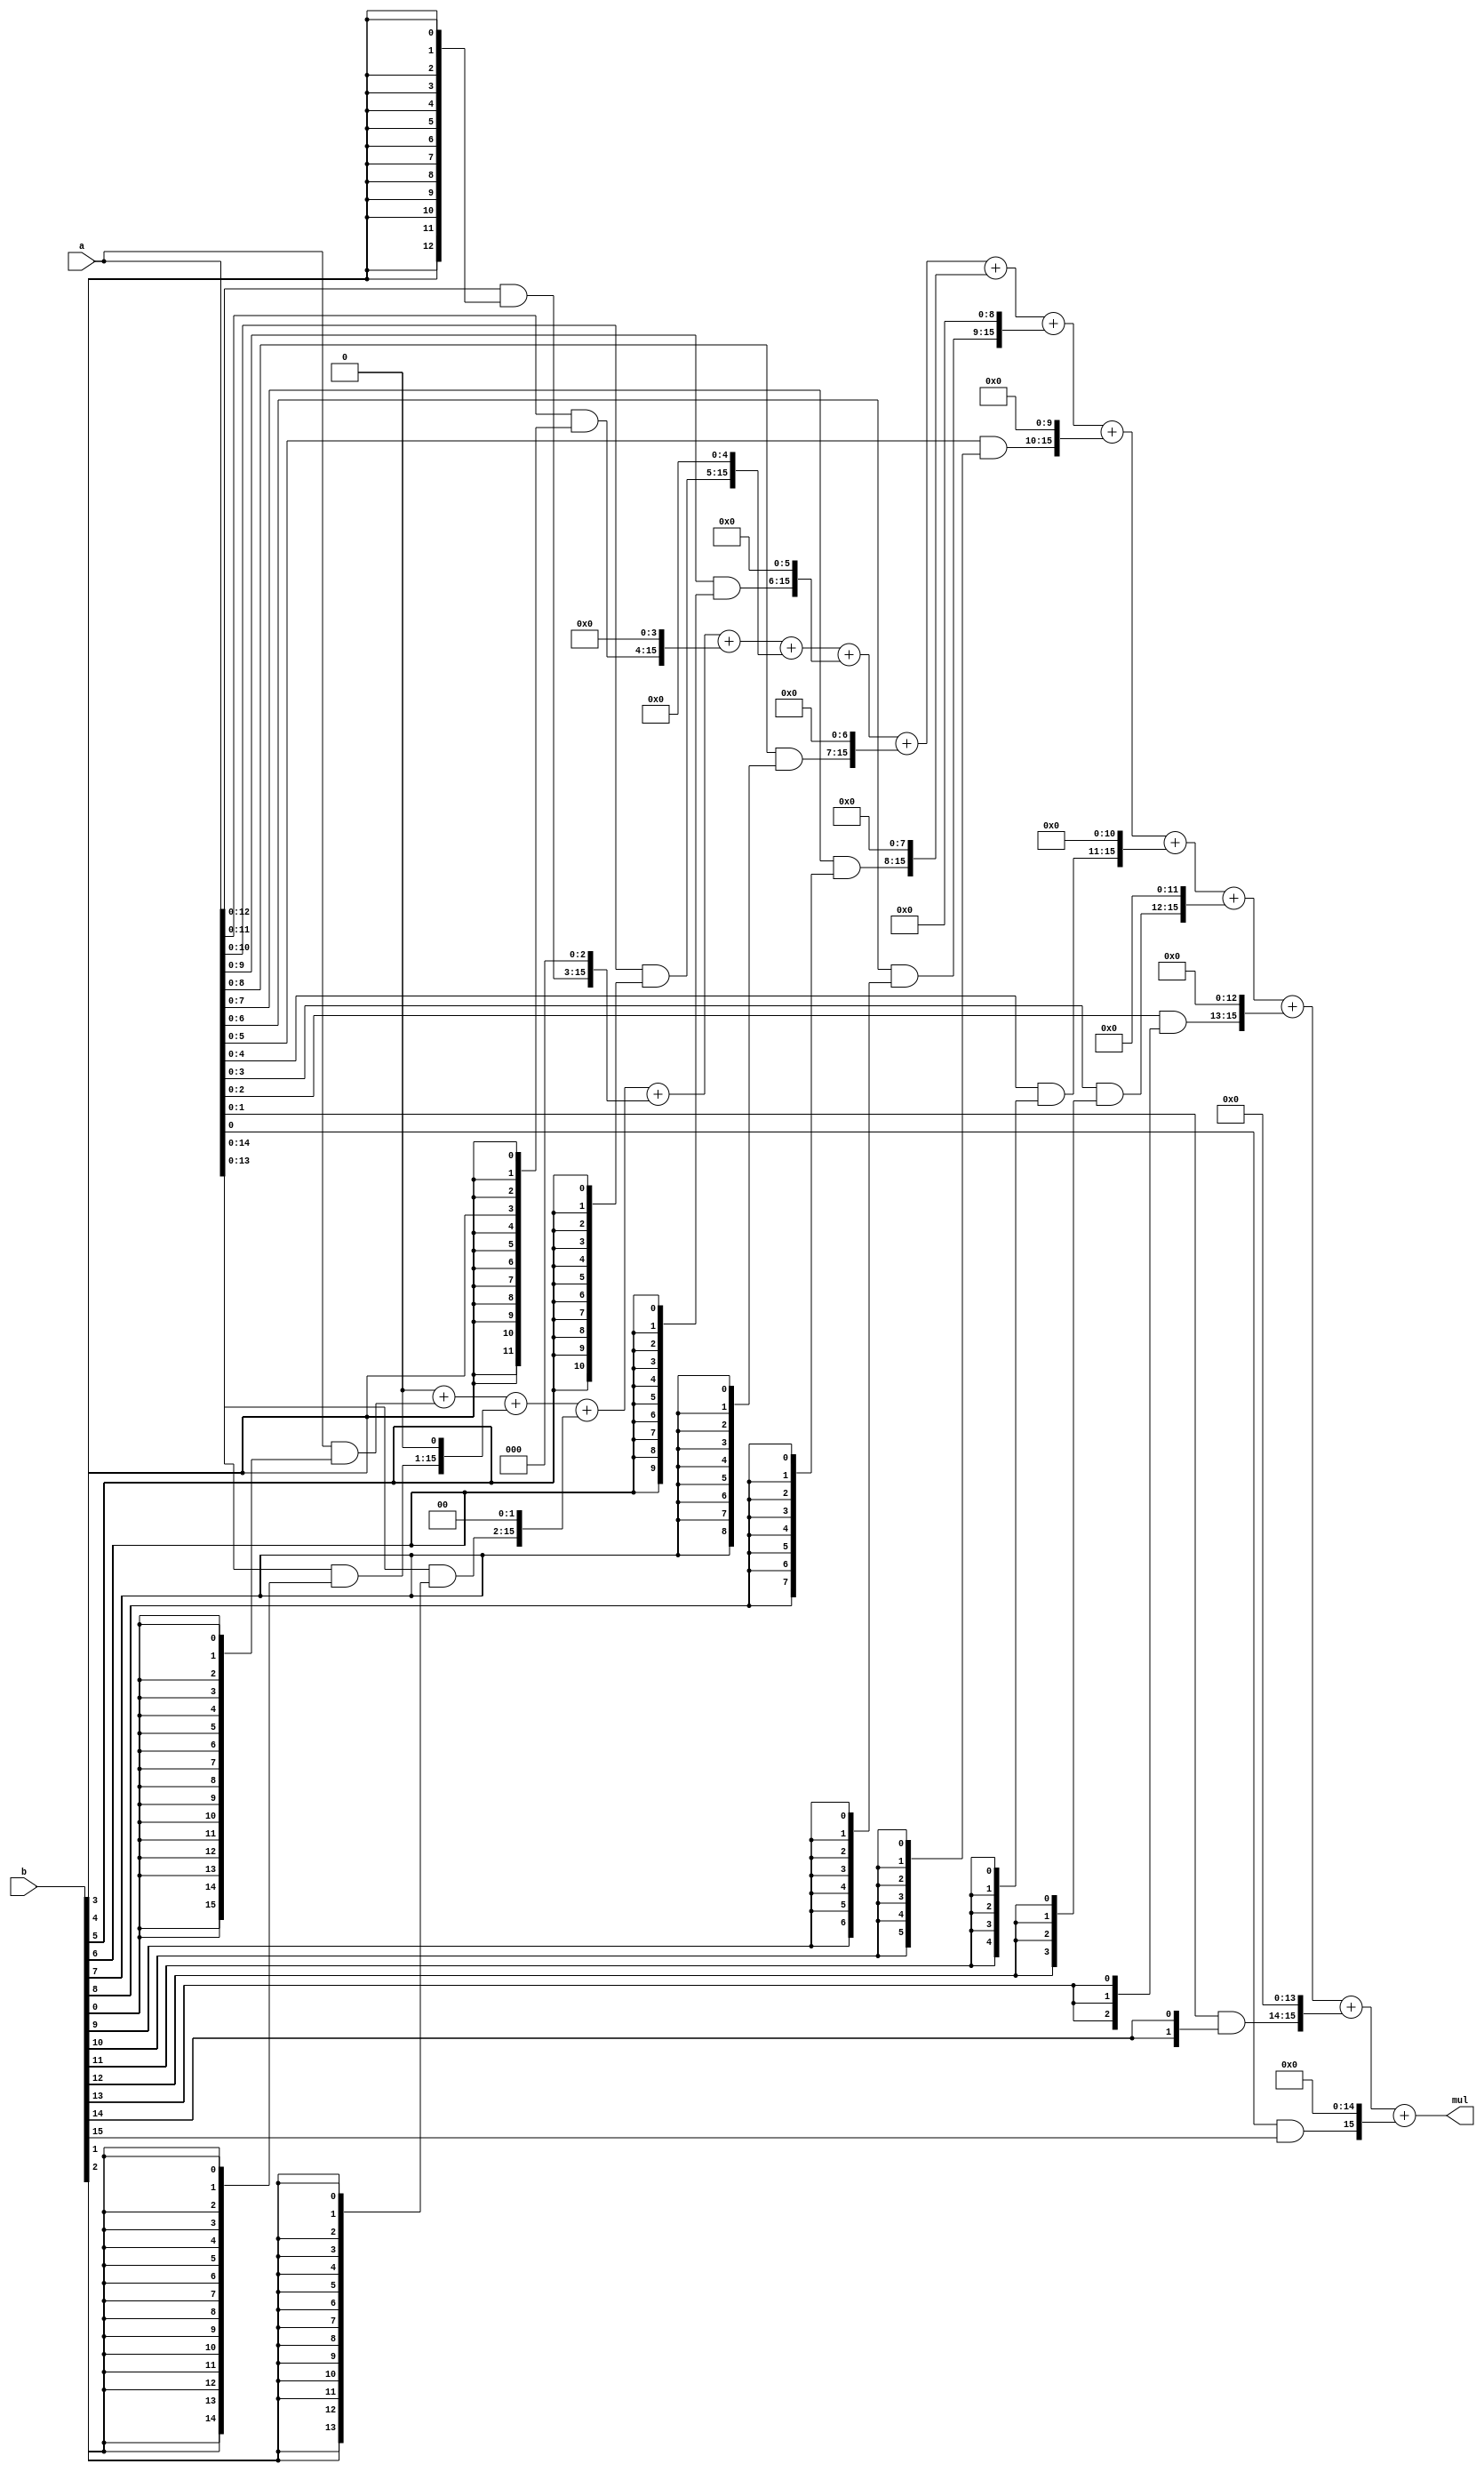
module multiply_31 (
    input [15:0] a,
    input [15:0] b,
    output reg [15:0] mul
  );
  
  
  
  integer shiftIndex;
  
  reg [15:0] partial;
  
  reg [15:0] tempMul;
  
  always @* begin
    tempMul = 1'h0;
    for (shiftIndex = 1'h0; shiftIndex < 5'h10; shiftIndex = shiftIndex + 1) begin
      partial = (a[0+15-:16] & ({5'h10{b[(shiftIndex)*1+0-:1]}})) << shiftIndex;
      tempMul = tempMul + partial;
    end
    mul = tempMul;
  end
endmodule